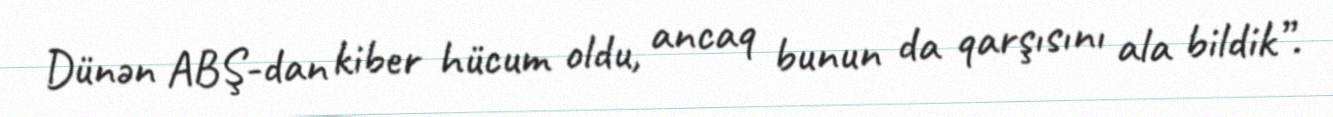
Dünən ABŞ-dan kiber hücum oldu, ancaq bunun da qarşısını ala bildik”.